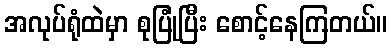
အလုပ်ရုံထဲမှာ စုပြုံပြီး စောင့်နေကြတယ်။